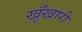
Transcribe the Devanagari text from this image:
खूँखारी